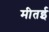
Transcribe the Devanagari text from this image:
मीतई